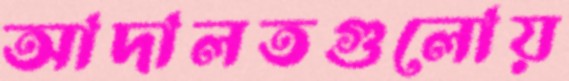
আদালতগুলোয়